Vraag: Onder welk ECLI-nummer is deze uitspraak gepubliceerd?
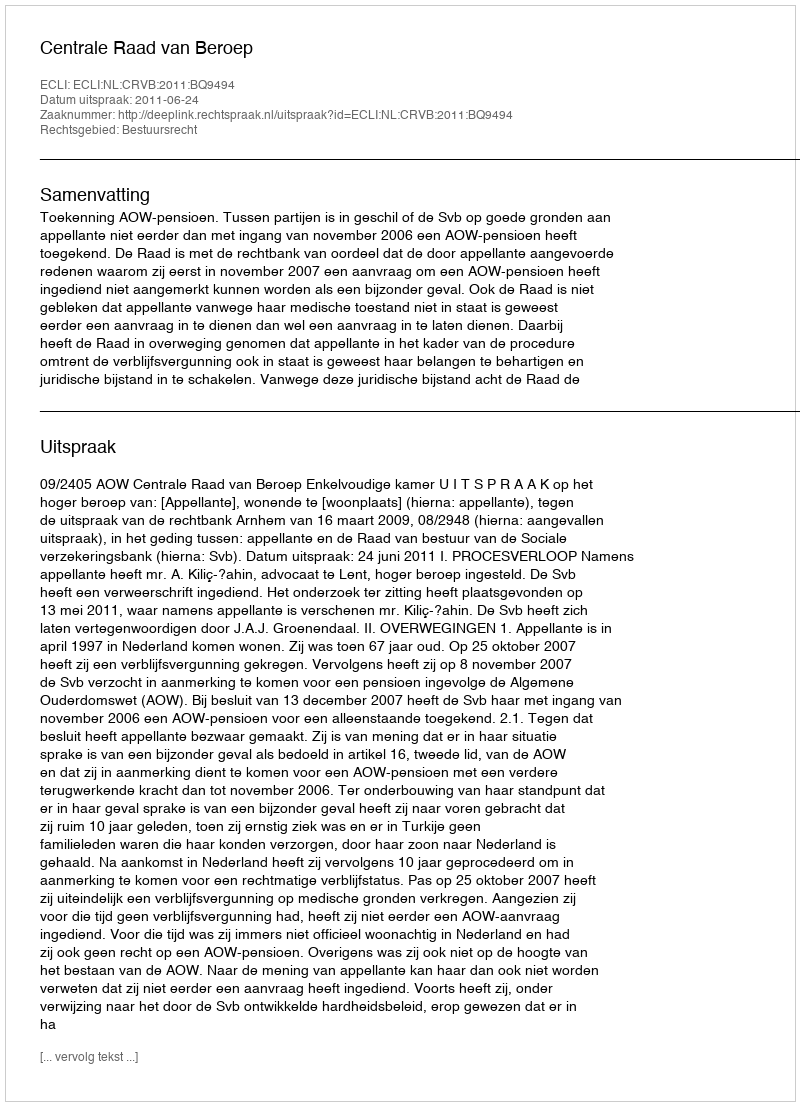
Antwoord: ECLI:NL:CRVB:2011:BQ9494